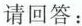
请回答：